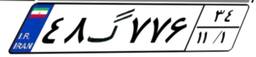
۴۸گ۷۷۶۳۴